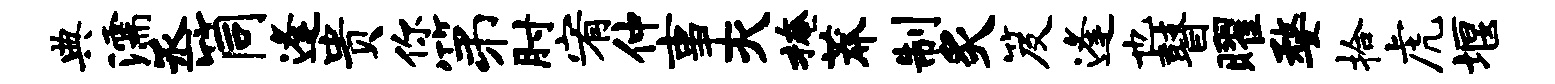
典濡丞筒逢贵你第肘宥仲事灭掩莽制炙笈逢也瞽曜婺拾虎堰